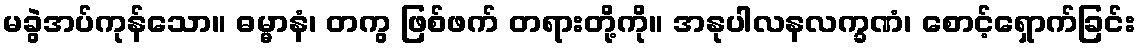
မခွဲအပ်ကုန်သော။ ဓမ္မာနံ၊ တကွ ဖြစ်ဖက် တရားတို့ကို။ အနုပါလနလက္ခဏံ၊ စောင့်ရှောက်ခြင်း